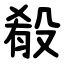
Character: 殽